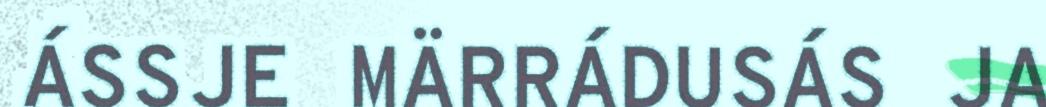
ÁSSJE MÄRRÁDUSÁS JA